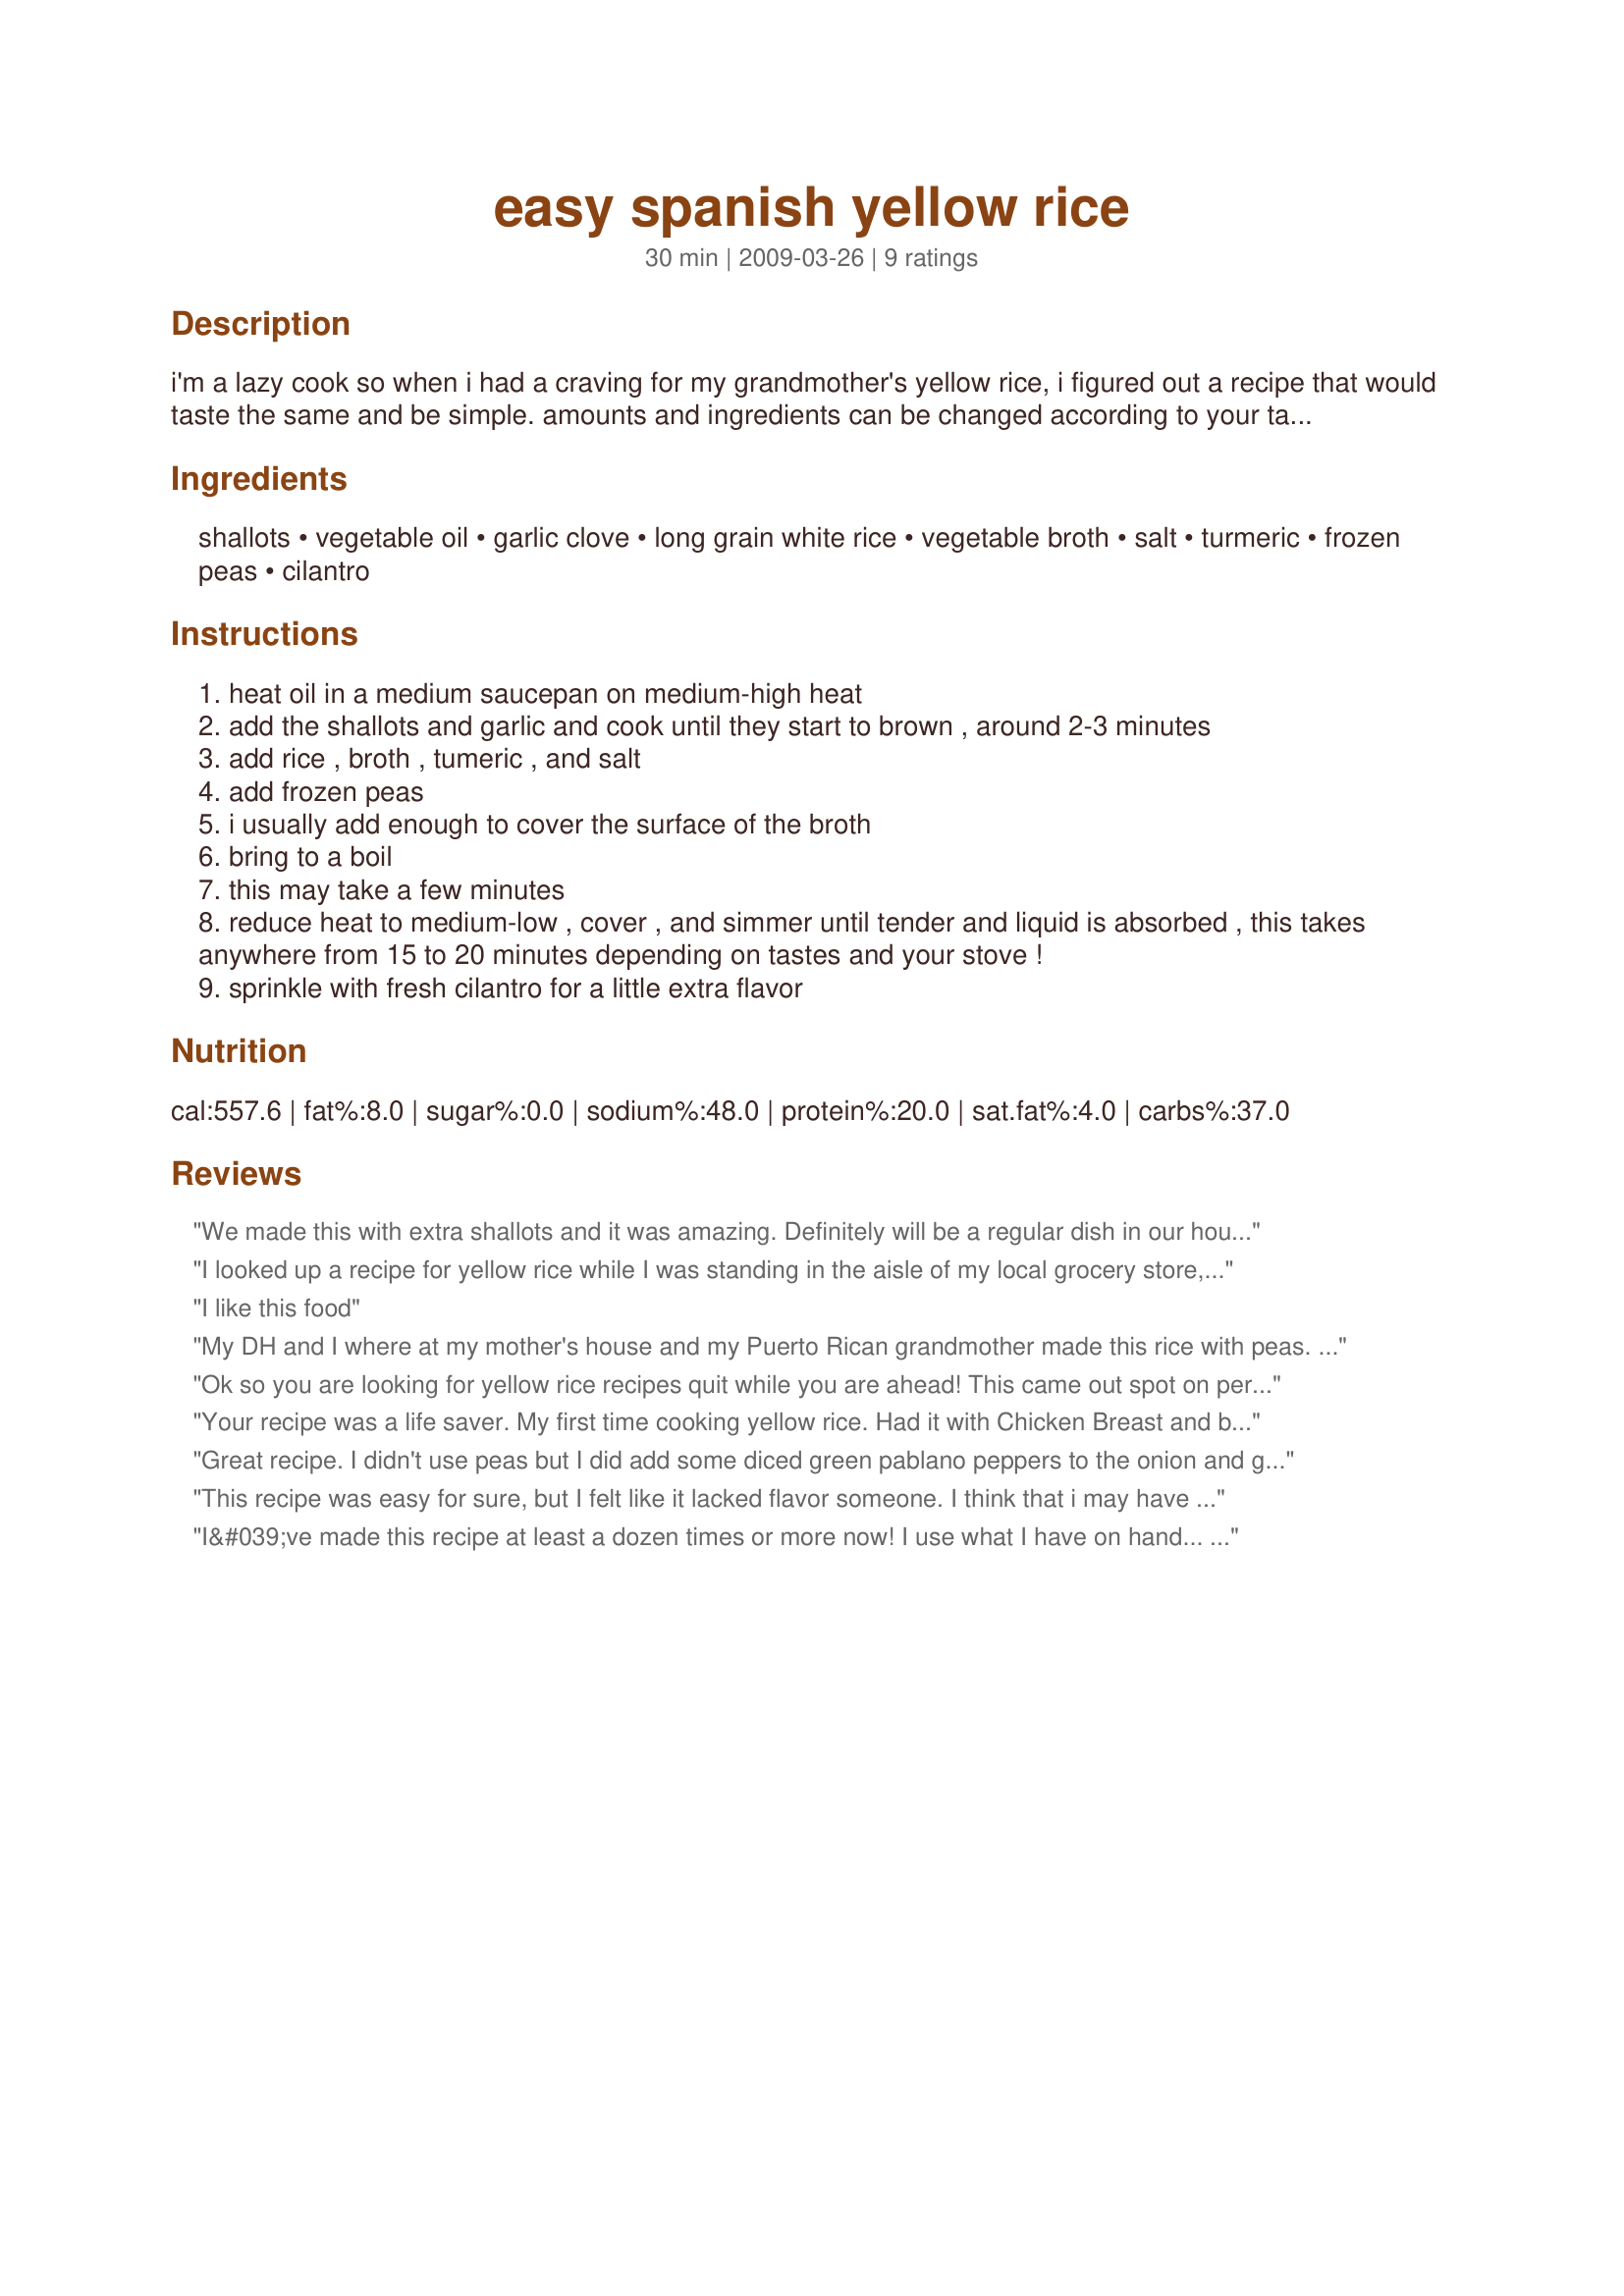
easy spanish yellow rice
Preparation time: 30 minutes

i'm a lazy cook so when i had a craving for my grandmother's yellow rice, i figured out a recipe that would taste the same and be simple. amounts and ingredients can be changed according to your tastes and it keeps well too! this is a kind of spanish rice that my domincan grandmother makes, using tumeric instead of saffron to give the rice its color, with peas, shallot/onion, and garlic.

Ingredients:
shallots, vegetable oil, garlic clove, long grain white rice, vegetable broth, salt, turmeric, frozen peas, cilantro

Steps:
heat oil in a medium saucepan on medium-high heat
add the shallots and garlic and cook until they start to brown , around 2-3 minutes
add rice , broth , tumeric , and salt
add frozen peas
i usually add enough to cover the surface of the broth
bring to a boil
this may take a few minutes
reduce heat to medium-low , cover , and simmer until tender and liquid is absorbed , this takes anywhere from 15 to 20 minutes depending on tastes and your stove !
sprinkle with fresh cilantro for a little extra flavor

Reviews:
We made this with extra shallots and it was amazing. Definitely will be a regular dish in our house. Thank you.
I looked up a recipe for yellow rice while I was standing in the aisle of my local grocery store, dismayed at all the weird stuff the packaged rice mixes add in. Gross. I thought this would be simple and tasty, and I was not disappointed! It was the perfect complement to the shrimp fajitas I made, was simple to make, and my wife loved it so much she had two helpings! Turmeric is some awesome stuff, and it makes this rice look beautiful on the plate. Thanks for an easy, delicious recipe!
I like this food
My DH and I where at my mother's house and my Puerto Rican grandmother made this rice with peas. He asked if I could duplicate it and I told him well I could try....OMG!!! So glad I used this recipe...it came so close to hers and he loved it!!! The only thing a did different was sub out corn for the peas...Yummy!!!! Thx 4 sharing!
Ok so you are looking for yellow rice recipes quit while you are ahead! This came out spot on perfect despite what my bag of rice told me how to cook it I did it this way and it was sublime. Made a few changes..... added extra onion, went with 1 garlic clove, a sprinkle of fresh cilantro and fresh dill weed, tiny bit of black pepper, 3 pinches of curry powder, sounds weird but a pinch of meat tenderizer powder and a pinch of Goya Ham flavored concentrate (makes it taste like meat while there is none).
Your recipe was a life saver. My first time cooking yellow rice. Had it with Chicken Breast and black beans. I poured a little more chicken broth over the rice. It came out real good. My family enjoyed it. Thank you.
Great recipe. I didn't use peas but I did add some diced green pablano peppers to the onion and garlic saute. Big hit at dinner, my neighbor had multiple servings of the rice. The recipe's a keeper.
This recipe was easy for sure, but I felt like it lacked flavor someone. I think that i may have needed some more spices. I couldn&#039;t even taste the cumin or garlic powder.
I&#039;ve made this recipe at least a dozen times or more now! I use what I have on hand... onion powder and minced garlic, and I fry nothing, I just throw it all in together and make it in the microwave. Large bowl and cover with a plate for 22 minutes on 6 power. Comes out perfect every time and no burnt rice on the bottom! I will never buy Zataran&#039;s prepared rice ever ever again! LOVE IT!
